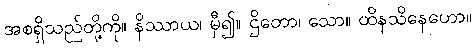
အစရှိသည်တို့ကို။ နိဿာယ၊ မှီ၍။ ဌိတော၊ သော။ ထိနသိနေဟော။